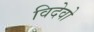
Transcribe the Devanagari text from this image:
विदेवो